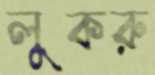
লুকরু